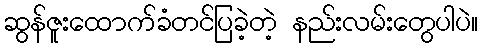
ဆွန်ဇူးထောက်ခံတင်ပြခဲ့တဲ့ နည်းလမ်းတွေပါပဲ။